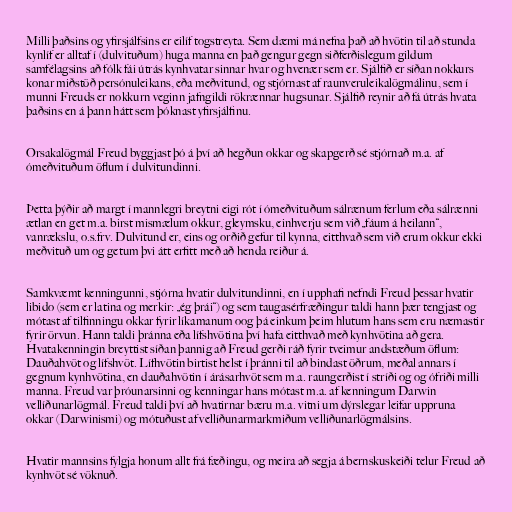
Milli þaðsins og yfirsjálfsins er eilíf togstreyta. Sem dæmi má nefna það að hvötin til að stunda
kynlíf er alltaf í (dulvituðum) huga manna en það gengur gegn siðferðislegum gildum
samfélagsins að fólk fái útrás kynhvatar sinnar hvar og hvenær sem er. Sjálfið er síðan nokkurs
konar miðstöð persónuleikans, eða meðvitund, og stjórnast af raunveruleikalögmálinu, sem í
munni Freuds er nokkurn veginn jafngildi rökrænnar hugsunar. Sjálfið reynir að fá útrás hvata
þaðsins en á þann hátt sem þóknast yfirsjálfinu.

Orsakalögmál Freud byggjast þó á því að hegðun okkar og skapgerð sé stjórnað m.a. af
ómeðvituðum öflum í dulvitundinni.

Þetta þýðir að margt í mannlegri breytni eigi rót í ómeðvituðum sálrænum ferlum eða sálrænni
ætlan en get m.a. birst mismælum okkur, gleymsku, einhverju sem við „fáum á heilann“,
vanrækslu, o.s.frv. Dulvitund er, eins og orðið gefur til kynna, eitthvað sem við erum okkur ekki
meðvituð um og getum þvi átt erfitt með að henda reiður á.

Samkvæmt kenningunni, stjórna hvatir dulvitundinni, en í upphafi nefndi Freud þessar hvatir
libido (sem er latina og merkir: „ég þrái“) og sem taugasérfræðingur taldi hann þær tengjast og
mótast af tilfinningu okkar fyrir líkamanum oog þá einkum þeim hlutum hans sem eru næmastir
fyrir örvun. Hann taldi þránna eða lífshvötina því hafa eitthvað með kynhvötina að gera.
Hvatakenningin breyttist síðan þannig að Freud gerði ráð fyrir tveimur andstæðum öflum:
Dauðahvöt og lífshvöt. Lífhvötin birtist helst í þránni til að bindast öðrum, meðal annars í
gegnum kynhvötina, en dauðahvötin í árásarhvöt sem m.a. raungerðist í stríði og og ófriði milli
manna. Freud var þróunarsinni og kenningar hans mótast m.a. af kenningum Darwin
vellíðunarlögmál. Freud taldi því að hvatirnar bæru m.a. vitni um dýrslegar leifar uppruna
okkar (Darwinismi) og mótuðust af vellíðunarmarkmiðum vellíðunarlögmálsins.

Hvatir mannsins fylgja honum allt frá fæðingu, og meira að segja á bernskuskeiði telur Freud að
kynhvöt sé vöknuð.